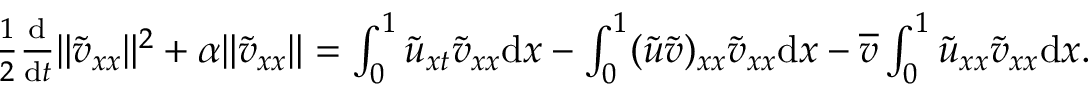
\begin{array} { r } { \frac 1 2 \frac { \mathrm { d } } { \mathrm { d } t } \| { \tilde { v } } _ { x x } \| ^ { 2 } + \alpha \| \tilde { v } _ { x x } \| = \int _ { 0 } ^ { 1 } \tilde { u } _ { x t } { \tilde { v } } _ { x x } { \mathrm { d } x } - \int _ { 0 } ^ { 1 } ( \tilde { u } \tilde { v } ) _ { x x } { \tilde { v } } _ { x x } { \mathrm { d } x } - \overline { { v } } \int _ { 0 } ^ { 1 } \tilde { u } _ { x x } { \tilde { v } } _ { x x } { \mathrm { d } x } . } \end{array}